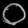
Digit: ၀